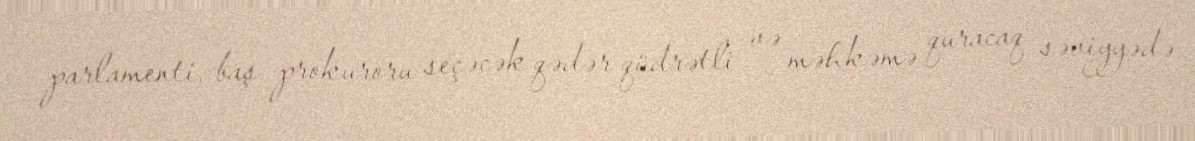
parlamenti, baş prokuroru seçəcək qədər qüdrətli və məhkəmə quracaq səviyyədə